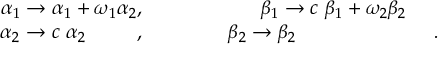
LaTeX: \begin{array} { c c c } { { \alpha _ { 1 } \to \alpha _ { 1 } + \omega _ { 1 } \alpha _ { 2 } , } } & { { \ \ \ } } & { { \beta _ { 1 } \to c ~ \beta _ { 1 } + \omega _ { 2 } \beta _ { 2 } } } \\ { { \alpha _ { 2 } \to c ~ \alpha _ { 2 } \phantom { \omega _ { 2 } c \alpha _ { 2 } } , } } & { { \ \ \ \ \ \ \ } } & { { \beta _ { 2 } \to \beta _ { 2 } \phantom { n n c + \omega _ { 2 } ( \beta _ { 2 } + 1 ) } . } } \end{array}